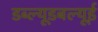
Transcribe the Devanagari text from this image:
डब्ल्यूडबल्यूई